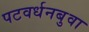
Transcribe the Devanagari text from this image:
पटवर्धनबुवा